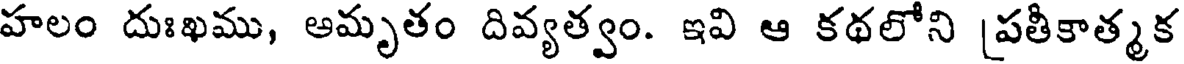
హలం దుఃఖము, అమృతం దివ్యత్వం. ఇవి ఆ కథలోని [పతీకాత్మక